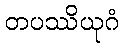
တပဿိယုဂံ